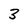
Character: 3